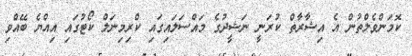
ކޮމަންވެލްތުން އެ އިޝާރާތް ކުރަނީ ނަޝީދުގެ މައްސަލައިގައި ކްރިމިނަލް ކޯޓުގައި އިއްޔެ ބޭއްވި